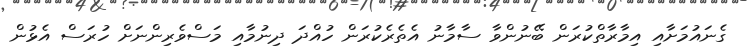
ގެނައުމަށާއި އިމާރާތްކުރަން ބޭނުންވާ ސާމާނު އެތެރެކުރަން ހުއްދަ ދިނުމާއި މަސްވެރިންނަށް ހުރަސް އެޅުން